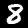
Label: 8